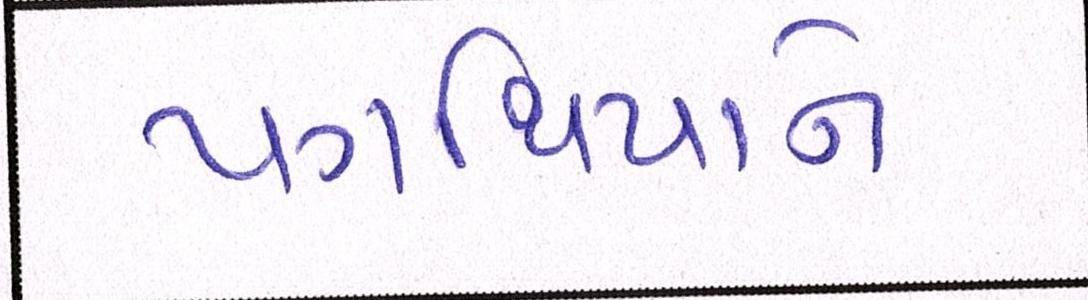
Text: પગથિયાને